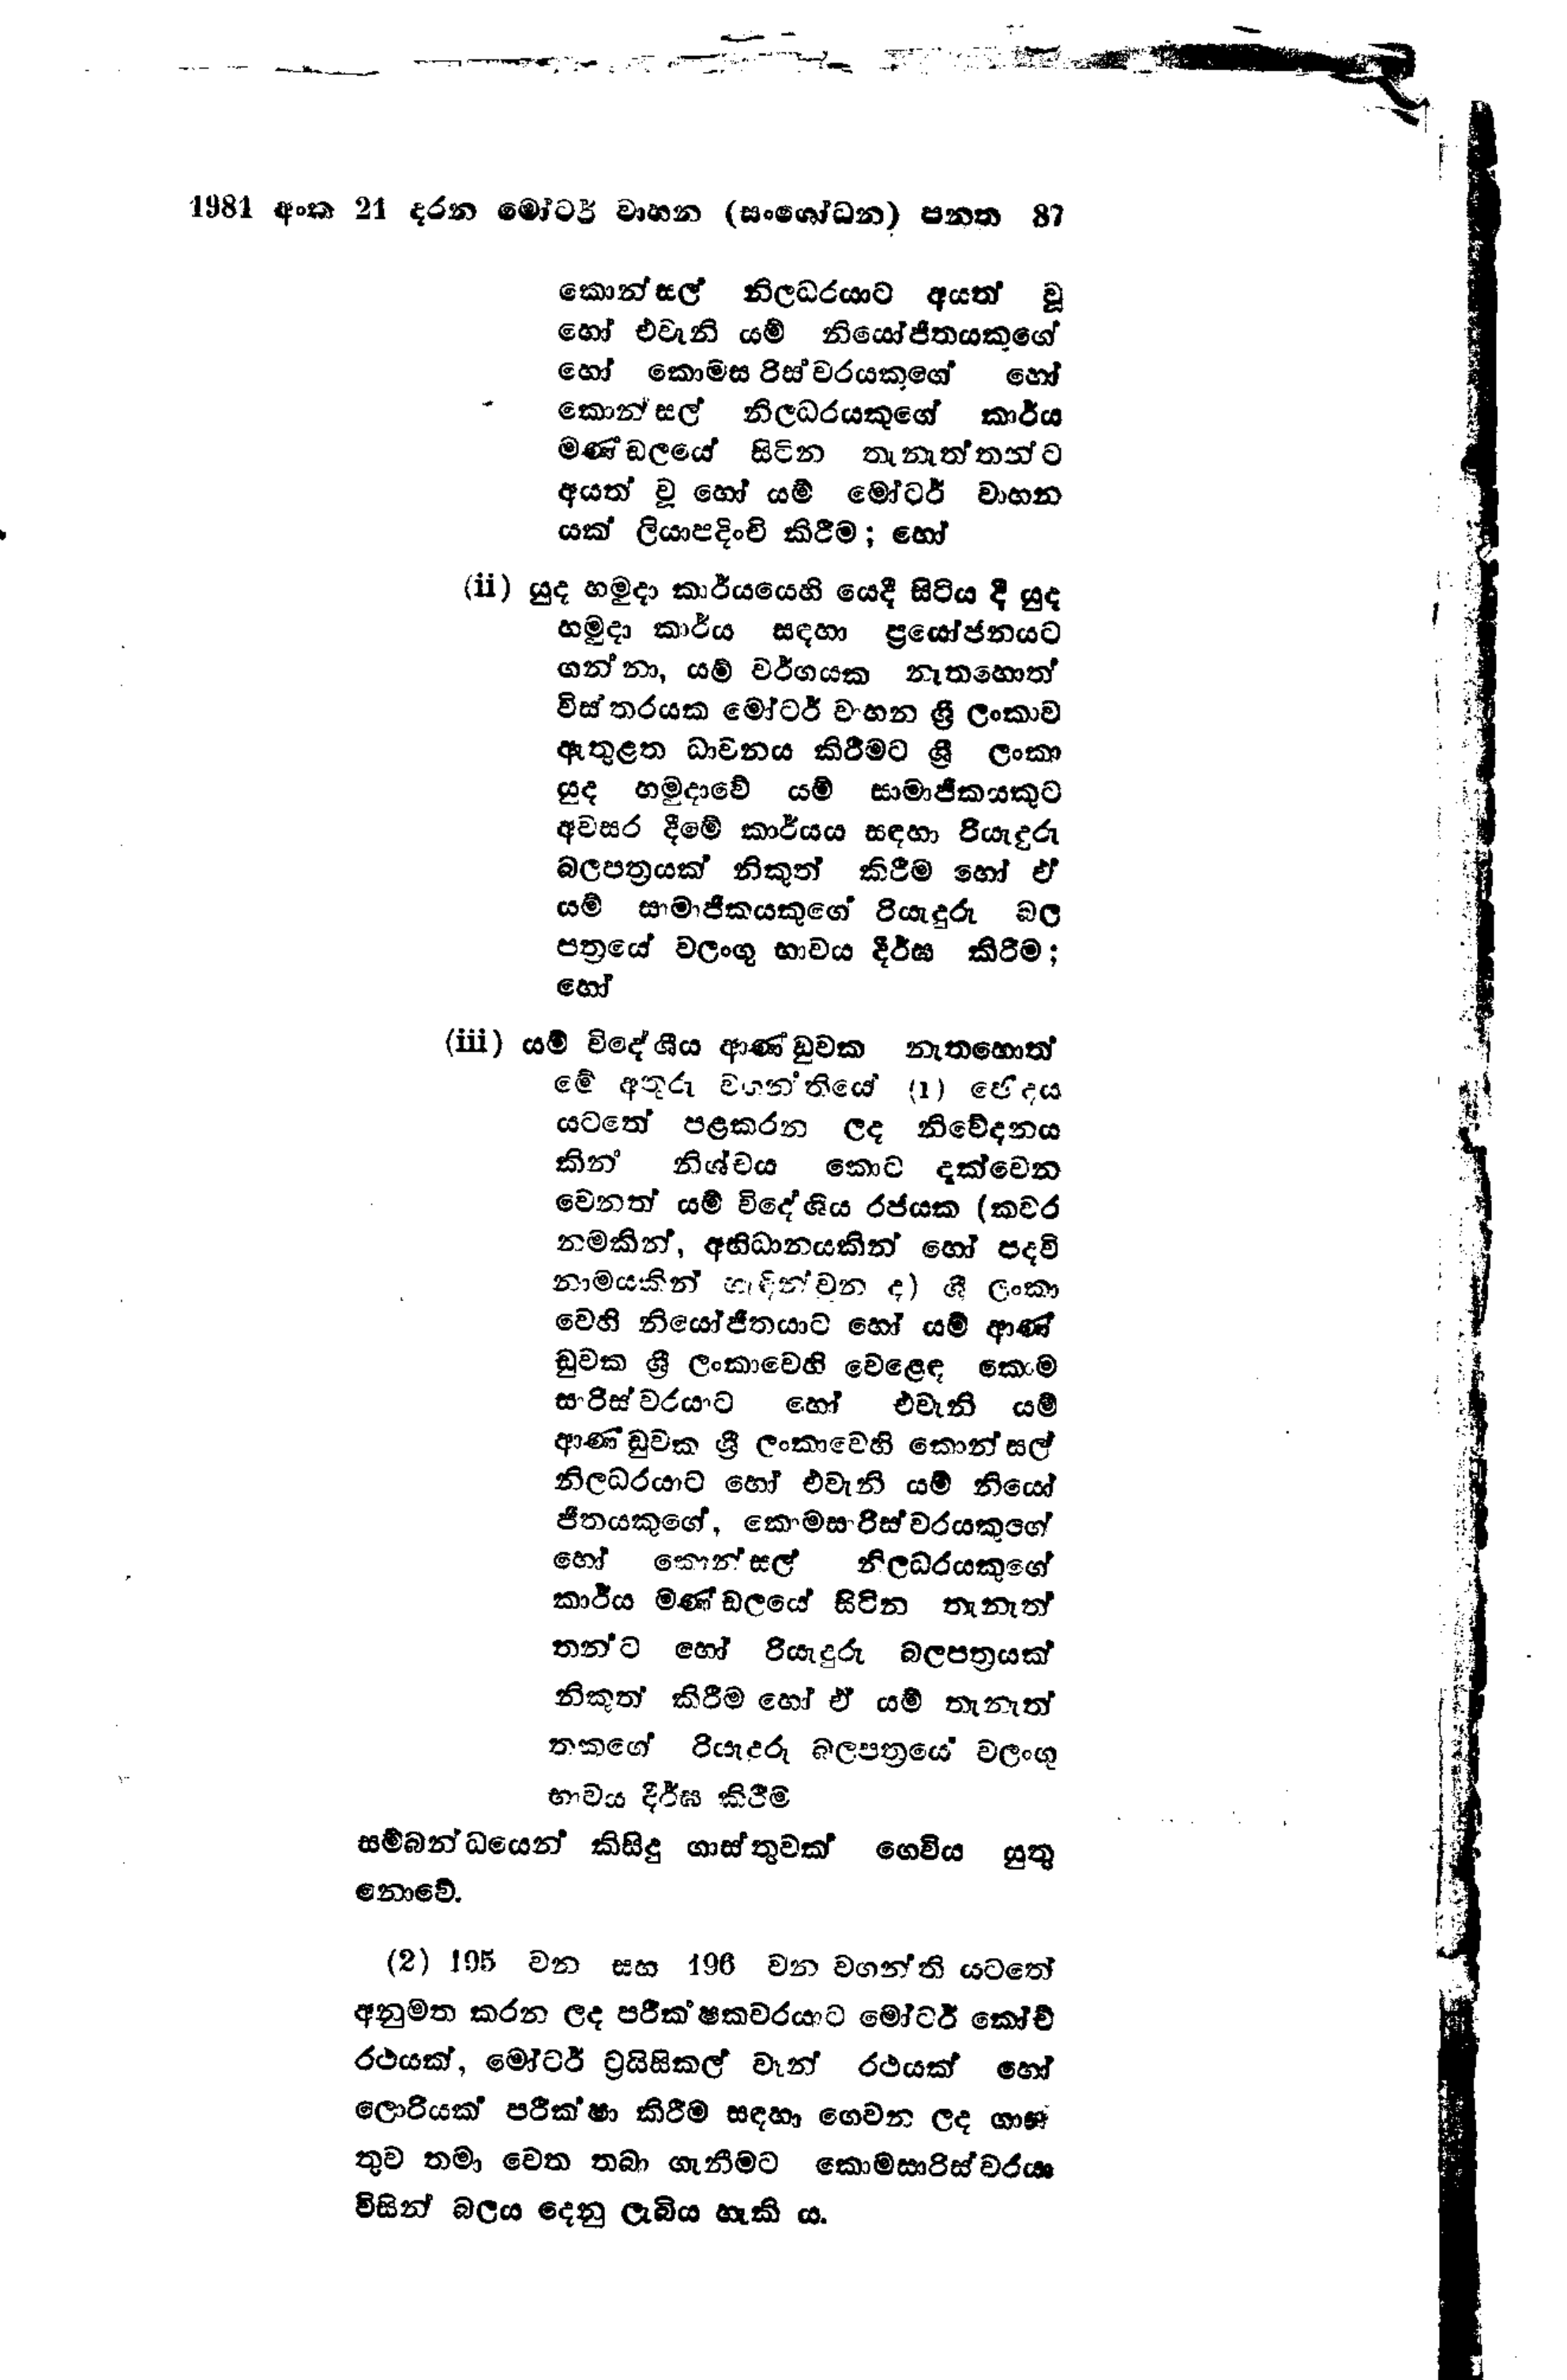
1981 අංක 21 දරන මෝටර් වාහන (සංශෝධන) පනත   87

කොන්සල් නිලධරයාට අයත් වූ
හෝ එවැනි යම් නියෝජිතයකුගේ
හෝ කොමසාරිස්වරයකුගේ හෝ
කොන්සල් නිලධරයකුගේ කාර්ය
මණ්ඩලයේ සිටින තැනැත්තන්ට
අයත් වූ හෝ යම් මෝටර් වාහන
යක් ලියාපදිංචි කිරීම; හෝ

(ii) යුද හමුදා කාර්යයෙහි යෙදී සිටිය දී යුද
හමුදා කාර්ය සඳහා ප්‍රයෝජනයට
ගන්නා, යම් වර්ගයක නැතහොත්
විස්තරයක මෝටර් වාහන ශ්‍රී ලංකාව
ඇතුළත ධාවනය කිරීමට ශ්‍රී ලංකා
යුද හමුදාවේ යම් සාමාජිකයකුට
අවසර දීමේ කාර්යය සඳහා රියැදුරු
බල පත්‍රයක් නිකුත් කිරීම හෝ ඒ
යම් සාමාජිකයකුගේ රියැදුරු බල
පත්‍රයේ වලංගු භාවය දීර්ඝ කිරීම:
හෝ

(iii) යම් විදේශීය ආණ්ඩුවක නැතහොත්
මේ අතුරු වහන්තියේ (1) ඡේදය
යටතේ පළකරන ලද නිවේදනය
කින නිශ්චය කොට දැක්වෙන
වෙනත් යම් විදේශීය රජයක (කවර
නමකින්, අභිධානයකින් හෝ පදවි
නාමයකින් හැඳින්වන ද) ශ්‍රී ලංකා
වෙහි නියෝජිතයාට හෝ යම් ආණ්
ඩුවක ශ්‍රී ලංකාවෙහි වෙළෙඳ කො
සාරිස් වරයාට හෝ එවැනි යම්
ආණඩුවක ශ්‍රී ලංකාවෙහි කොන්සල්
නිලධරයාට හෝ එවැනි යම් නියෝ
ජිතයකුගේ, කොමසරිස්වරයකුගේ
හෝ කොන්සල් නිලධරයකුගේ
කාර්ය මණ්ඩලයේ සිටින තැනැත්
තන්ට හෝ රියැදුරු බලපත්‍රයක්
නිකුත් කිරීම හෝ ඒ යම් තැනැත්
තකගේ රියැදුරු බලපත්‍රයේ වලංගු
භාවය දීර්ඝ කිරීම

සම්බන්ධයෙන් කිසිදු ගාස්තුවක් ගෙවිය යුතු
නොවේ.

(2) 195 වන සහ 196 වන වගන්ති යටතේ
අනුමත කරන ලද පරීක්ෂකවරයාට මෝටර් කෝච්
රථයක්, මෝටර් ට්‍රයිසිකල් වෑන් රථයක් හෝ
ලොරියක් පරීක්ෂා කිරීම සඳහා ගෙවන ලද ගාස්
තුව තමා වෙත තබා ගැනීමට කොමසාරිස්වරයා
විසින් බලය දෙනු ලැබිය හැකි ය.